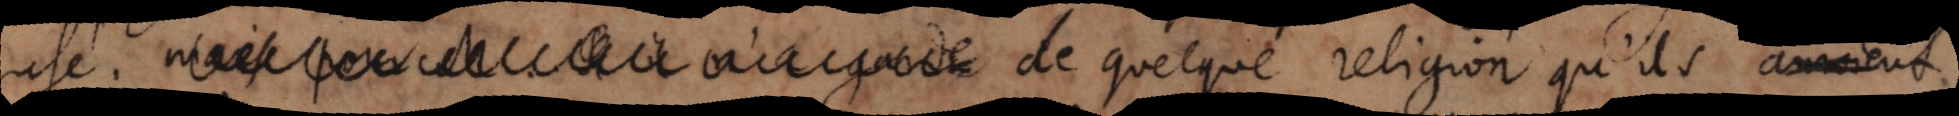
usé; de quelque religion qu’ils auroient